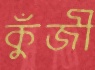
কুঁজী